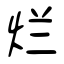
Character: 烂